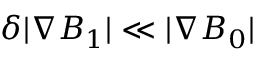
\delta | \nabla B _ { 1 } | \ll | \nabla B _ { 0 } |